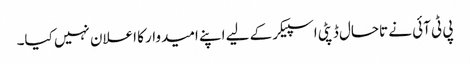
پی ٹی آئی نے تاحال ڈپٹی اسپیکر کے لیے اپنے امیدوار کا اعلان نہیں کیا۔